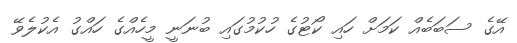
އޭގެ ސަބަބެއް ކަމަށް ހައި ކޯޓުގެ ހުކުމުގައި ބުނަނީ މީހެއްގެ ހައްގު އެކުލެވޭ